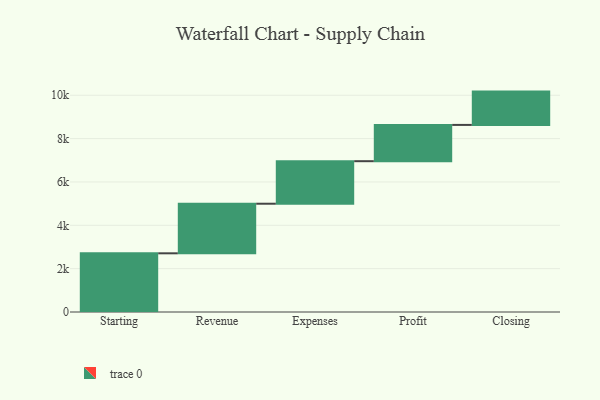
{"axis": {"x": "Step", "y": "Value"}, "legend": [""], "data": [{"x": "Starting", "y": 2708.0, "type": ""}, {"x": "Revenue", "y": 2288.0, "type": ""}, {"x": "Expenses", "y": 1962.0, "type": ""}, {"x": "Profit", "y": 1674.0, "type": ""}, {"x": "Closing", "y": 1537.0, "type": ""}]}